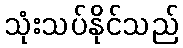
သုံးသပ်နိုင်သည်